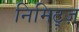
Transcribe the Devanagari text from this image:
निमिट्ज़